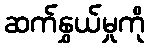
ဆက်နွှယ်မှုကို